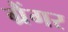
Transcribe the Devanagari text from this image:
ग्रैंगर